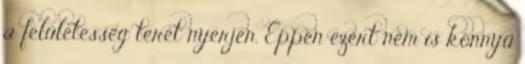
a felületesség teret nyerjen. Éppen ezért nem is könnyű